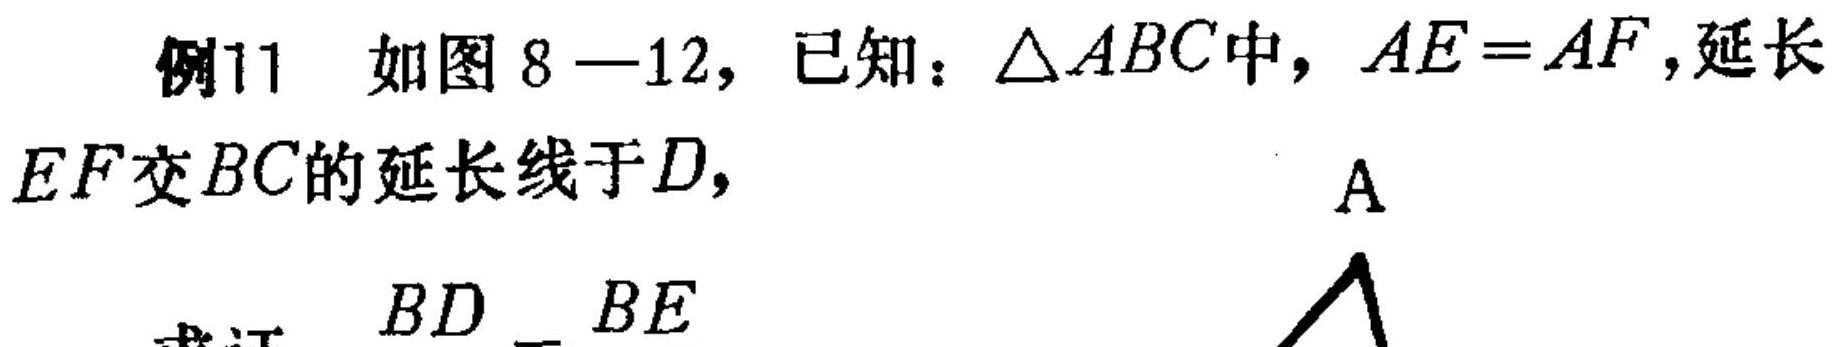
例11 如图8—12，已知：$\triangle ABC$中，$AE = AF$，延长$EF$交$BC$的延长线于$D$，
求证：$\frac{BD}{BE}$